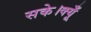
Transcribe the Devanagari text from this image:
सके।क्यूँ